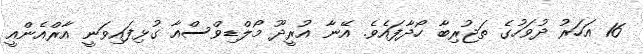
16 އަހަރު ދުވަހުގެ ތަޖުރިބާ ހޯދާފައެވެ. އޭނާ އުރީދޫ މޯލްޑިވްސްއާ ގުޅިފައިވަނީ އާރްއެންއީ